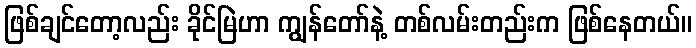
ဖြစ်ချင်တော့လည်း ခိုင်မြဲဟာ ကျွန်တော်နဲ့ တစ်လမ်းတည်းက ဖြစ်နေတယ်။